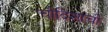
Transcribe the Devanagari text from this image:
चौदिशाची